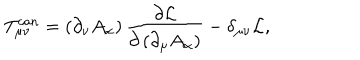
T _ { \mu \nu } ^ { c a n } = \left( \partial _ { \nu } A _ { \alpha } \right) \frac { \partial { \cal L } } { \partial \left( \partial _ { \mu } A _ { \alpha } \right) } - \delta _ { \mu \nu } { \cal L } ,